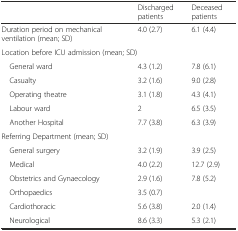
|  | Discharged patients | Deceased patients |
 | --- | --- | --- |
 | Duration period on mechanical ventilation (mean; SD) | 4.0 (2.7) | 6.1 (4.4) |
 | <COLSPAN=3> Location before ICU admission (mean; SD) |
 | General ward | 4.3 (1.2) | 7.8 (6.1) |
 | Casualty | 3.2 (1.6) | 9.0 (2.8) |
 | Operating theatre | 3.1 (1.8) | 4.3 (4.1) |
 | Labour ward | 2 | 6.5 (3.5) |
 | Another Hospital | 7.7 (3.8) | 6.3 (3.9) |
 | <COLSPAN=3> Referring Department (mean; SD) |
 | General surgery | 3.2 (1.9) | 3.9 (2.5) |
 | Medical | 4.0 (2.2) | 12.7 (2.9) |
 | Obstetrics and Gynaecology | 2.9 (1.6) | 7.8 (5.2) |
 | Orthopaedics | 3.5 (0.7) |  |
 | Cardiothoracic | 5.6 (3.8) | 2.0 (1.4) |
 | Neurological | 8.6 (3.3) | 5.3 (2.1) |